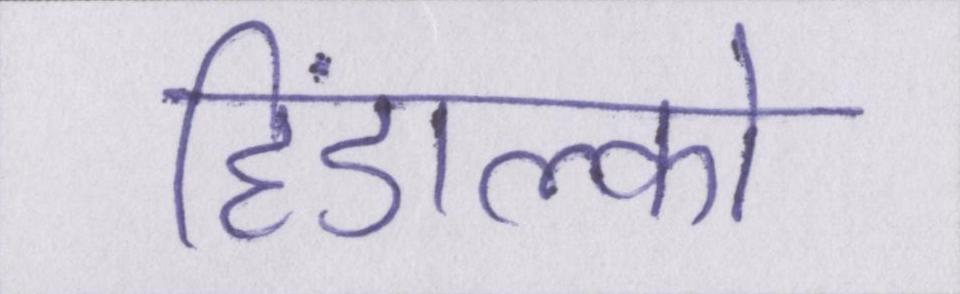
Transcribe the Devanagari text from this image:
हिंडाल्को